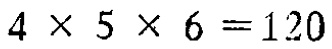
\(4\times5\times6 = 120\)